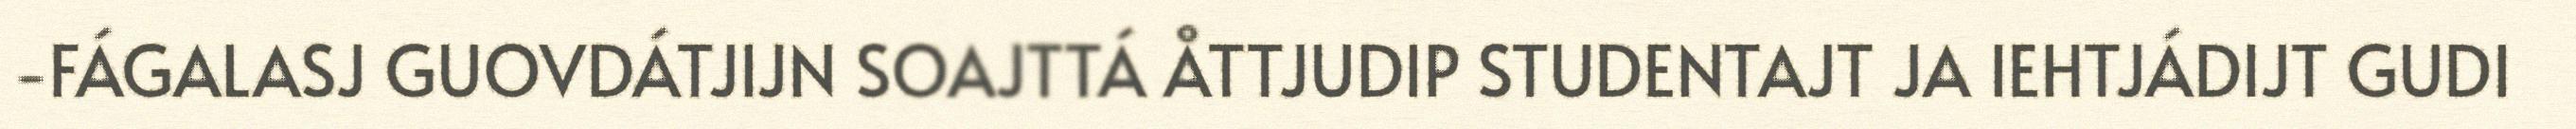
-FÁGALASJ GUOVDÁTJIJN SOAJTTÁ ÅTTJUDIP STUDENTAJT JA IEHTJÁDIJT GUDI